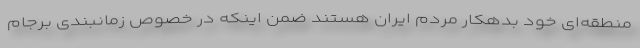
منطقه‌ای خود بدهکار مردم ایران هستند ضمن اینکه در خصوص زمانبندی برجام